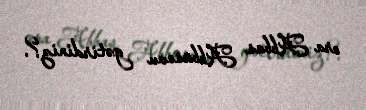
ora Abbas Abbasovu gətirdiniz?.